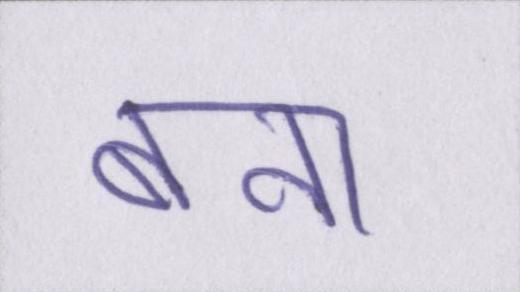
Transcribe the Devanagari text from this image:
बना